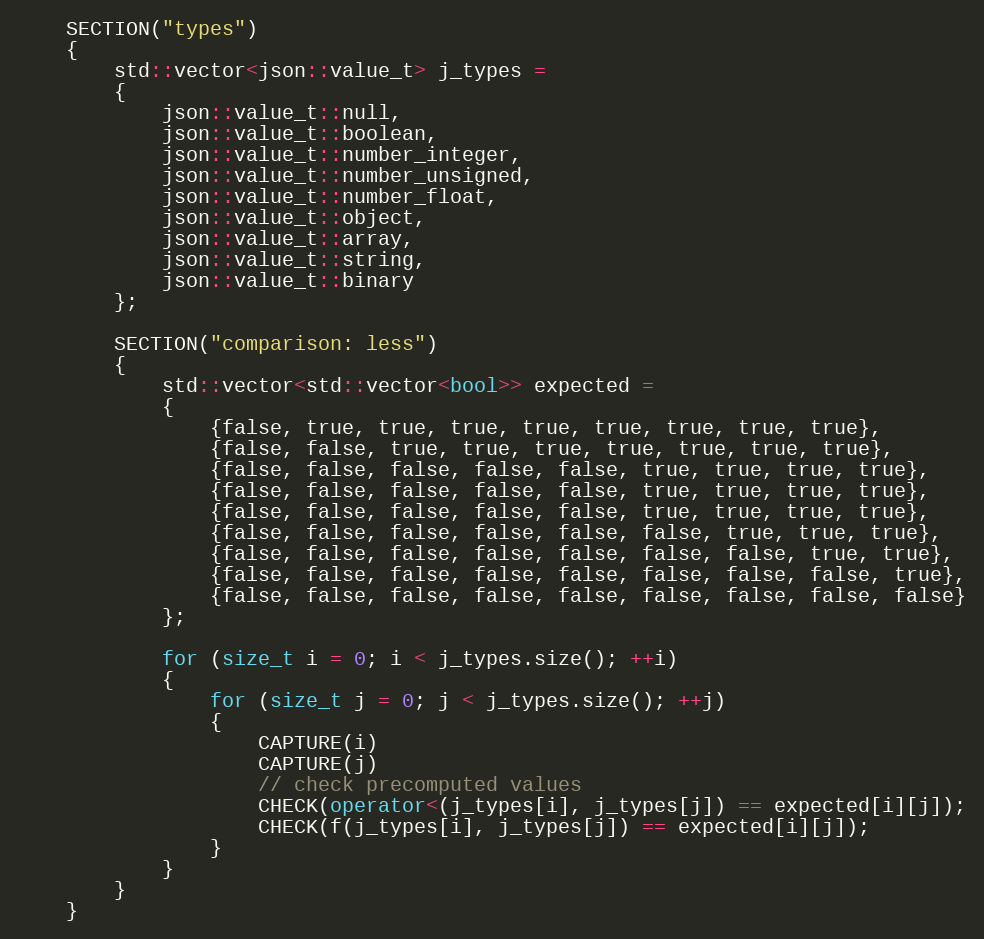
Language: C++
    SECTION("types")
    {
        std::vector<json::value_t> j_types =
        {
            json::value_t::null,
            json::value_t::boolean,
            json::value_t::number_integer,
            json::value_t::number_unsigned,
            json::value_t::number_float,
            json::value_t::object,
            json::value_t::array,
            json::value_t::string,
            json::value_t::binary
        };

        SECTION("comparison: less")
        {
            std::vector<std::vector<bool>> expected =
            {
                {false, true, true, true, true, true, true, true, true},
                {false, false, true, true, true, true, true, true, true},
                {false, false, false, false, false, true, true, true, true},
                {false, false, false, false, false, true, true, true, true},
                {false, false, false, false, false, true, true, true, true},
                {false, false, false, false, false, false, true, true, true},
                {false, false, false, false, false, false, false, true, true},
                {false, false, false, false, false, false, false, false, true},
                {false, false, false, false, false, false, false, false, false}
            };

            for (size_t i = 0; i < j_types.size(); ++i)
            {
                for (size_t j = 0; j < j_types.size(); ++j)
                {
                    CAPTURE(i)
                    CAPTURE(j)
                    // check precomputed values
                    CHECK(operator<(j_types[i], j_types[j]) == expected[i][j]);
                    CHECK(f(j_types[i], j_types[j]) == expected[i][j]);
                }
            }
        }
    }